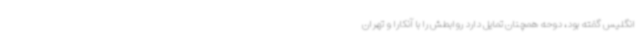
انگلیس گفته بود، دوحه همچنان تمایل دارد روابطش را با آنکارا و تهران